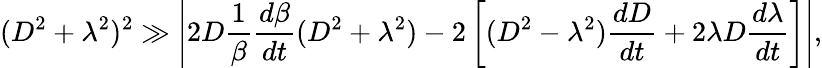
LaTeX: (D^{2}+\lambda^{2})^{2}\gg\left|2D\frac{1}{\beta}\frac{d\beta}{dt}(D^{2}+\lambda^{2})-2\left[(D^{2}-\lambda^{2})\frac{dD}{dt}+2\lambda D\frac{d\lambda}{dt}\right]\right|,